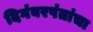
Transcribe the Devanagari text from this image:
दिगंबरपंतांचा